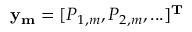
\mathbf { y _ { m } } = [ P _ { 1 , m } , P _ { 2 , m } , . . . ] ^ { \mathbf { T } }